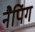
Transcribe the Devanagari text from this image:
नैपिंग